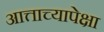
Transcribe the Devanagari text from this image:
आत्ताच्यापेक्षा